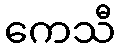
ကေသီ